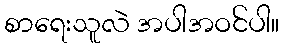
စာရေးသူလဲ အပါအဝင်ပါ။